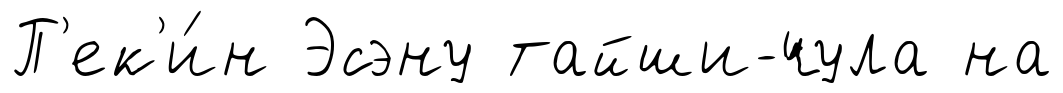
П'ек'и́н Эсэну тайши-чула на